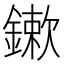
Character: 鏉